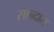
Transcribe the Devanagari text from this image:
सान्दाल